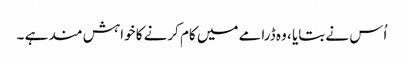
اُس نے بتایا ، وہ ڈرامے میں کام کرنے کا خواہش مند ہے ۔